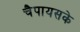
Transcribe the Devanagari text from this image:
चैपायसके